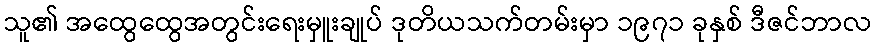
သူ၏ အထွေထွေအတွင်းရေးမှူးချုပ် ဒုတိယသက်တမ်းမှာ ၁၉၇၁ ခုနှစ် ဒီဇင်ဘာလ